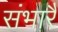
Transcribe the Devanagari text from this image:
संभारै